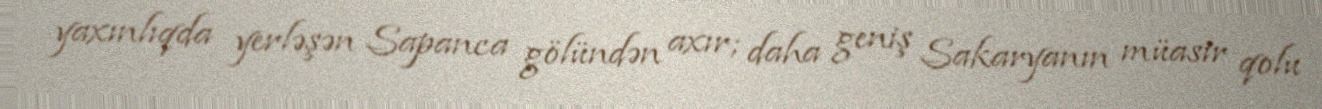
yaxınlıqda yerləşən Sapanca gölündən axır; daha geniş Sakaryanın müasir qolu